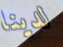
لدينا